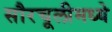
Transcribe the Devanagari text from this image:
सौरचूलीमध्ये